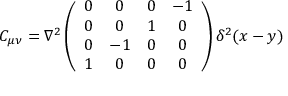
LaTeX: C _ { \mu \nu } = \nabla ^ { 2 } \left( \begin{array} { c c c c } { { 0 } } & { { 0 } } & { { 0 } } & { { - 1 } } \\ { { 0 } } & { { 0 } } & { { 1 } } & { { 0 } } \\ { { 0 } } & { { - 1 } } & { { 0 } } & { { 0 } } \\ { { 1 } } & { { 0 } } & { { 0 } } & { { 0 } } \end{array} \right) \delta ^ { 2 } ( x - y )